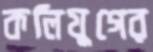
কলিযুগের